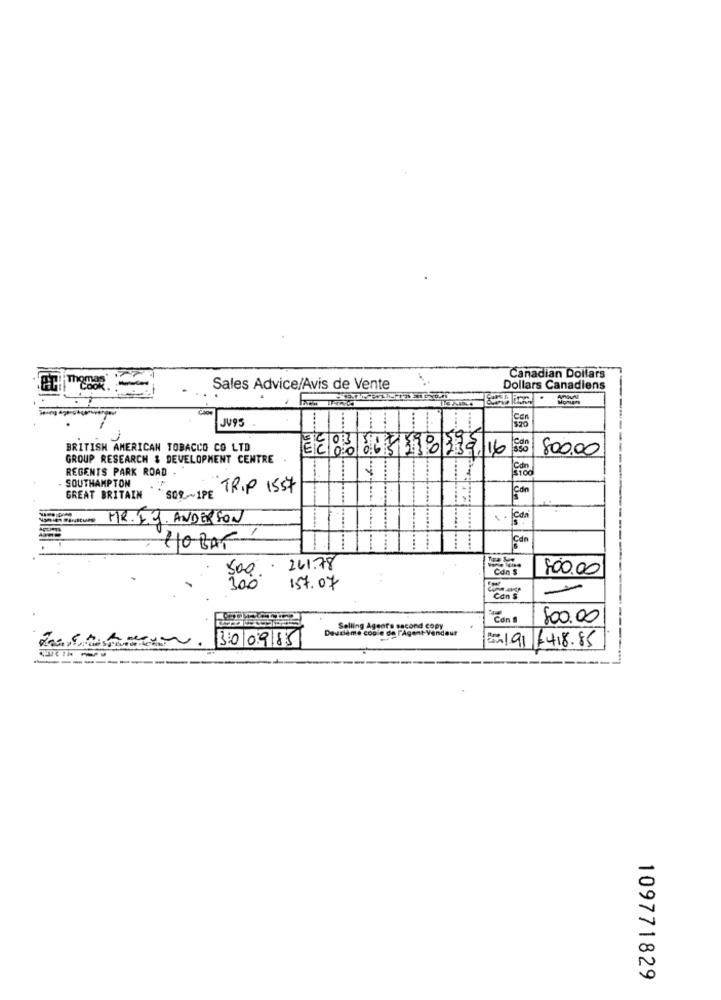
Canadian Dollars
Sales Advice/Avis de Vente
Dollars Canadiens
JV95
$20
BRITISH AMERICAN TOBACCO CO LTD
128366519933916
800.00
GROUP RESEARCH & DEVELOPMENT CENTRE
REGENTS PARK ROAD .
- SOUTHAMPTON
TRIP 1557
Can
GREAT BRITAIN
SOR .~ 1PE
MR. F.J. ANDERSON
1
Can
110 BAT
58 535-5. 3. 8.
261.78
800.00
500.
:
300
157.07
Can s
800.00
Deuxième copie de l'Agent- Vendeur
Selling Aggors second copy
300985
B.191 £418.85
109771829